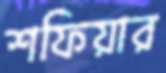
শফিয়ার